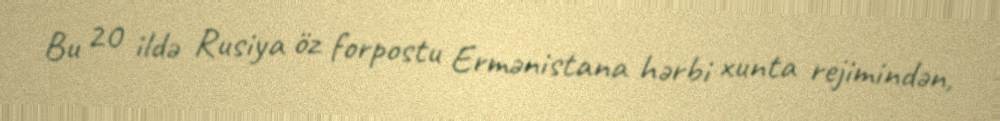
Bu 20 ildə Rusiya öz forpostu Ermənistana hərbi xunta rejimindən,